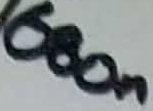
Text: 600n